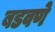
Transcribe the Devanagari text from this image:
बडवणे